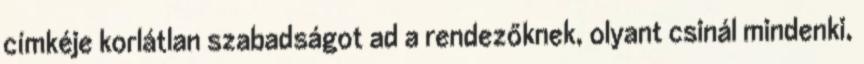
címkéje korlátlan szabadságot ad a rendezőknek, olyant csinál mindenki,